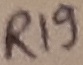
Text: R19